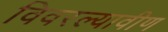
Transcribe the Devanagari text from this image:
विवरल्यावीण